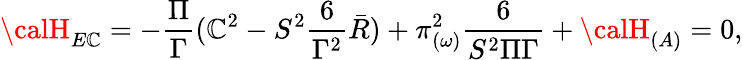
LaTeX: {\calH}_{E\mathbb{C}}=-\frac{{\Pi}}{{\Gamma}}(\mathbb{C}^{2}-S^{2}\frac{{6}}{{\Gamma^{2}}}\bar{{R}})+\pi_{(\omega)}^{2}\frac{{6}}{{S^{2}\Pi\Gamma}}+{\calH}_{(A)}=0,